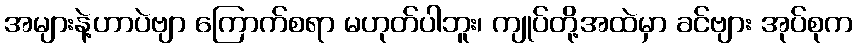
အများနဲ့ဟာပဲဗျာ ကြောက်စရာ မဟုတ်ပါဘူး၊ ကျုပ်တို့အထဲမှာ ခင်ဗျား အုပ်စုက